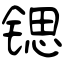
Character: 锶